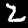
Digit: 2